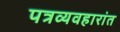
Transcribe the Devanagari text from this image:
पत्रव्यवहारांत